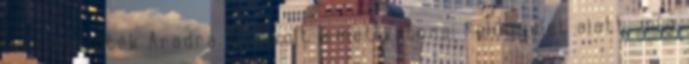
visszaküldték Aradra. Ott volt ismét katonai felügyelet alatt, míg